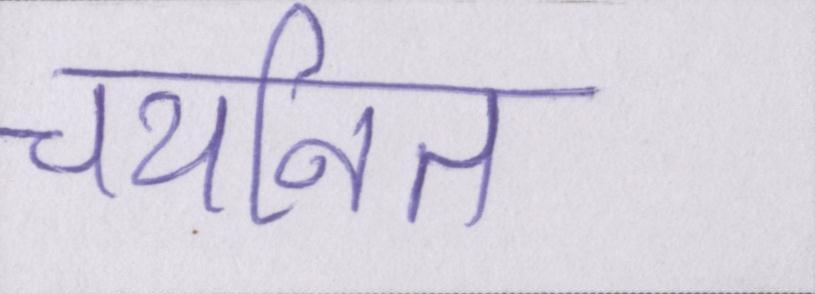
चयनित